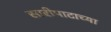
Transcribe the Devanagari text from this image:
सारीपाटाच्या